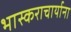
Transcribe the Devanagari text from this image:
भास्कराचार्याना